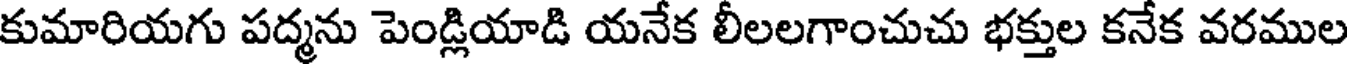
కుమారియగు పద్మను పెండ్లియాడి యనేక లీలలగాంచుచు భక్తుల కనేక వరముల